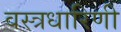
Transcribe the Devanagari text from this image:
वस्त्रधारिणी